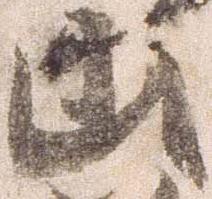
山